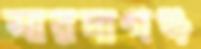
সারদাগঞ্জ